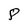
Character: 8